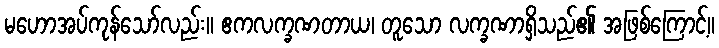
မဟောအပ်ကုန်သော်လည်း။ ဧကလက္ခဏတာယ၊ တူသော လက္ခဏာရှိသည်၏ အဖြစ်ကြောင့်။